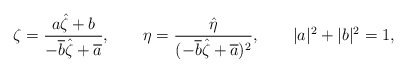
\begin{align*}\zeta=\frac{a\hat\zeta+b}{-\overline{b}\hat\zeta+\overline{a}},\qquad\eta=\frac{\hat\eta}{(-\overline{b}\hat\zeta+\overline{a})^2},\qquad |a|^2+|b|^2=1 ,\end{align*}